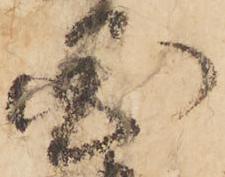
国